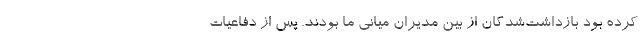
کرده بود بازداشت‌شدگان از بین مدیران میانی ما بودند. پس از دفاعیات